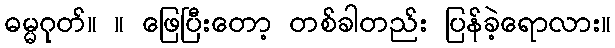
ဓမ္မဂုတ်။ ။ ဖြေပြီးတော့ တစ်ခါတည်း ပြန်ခဲ့ရောလား။